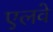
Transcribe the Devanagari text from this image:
एलवे